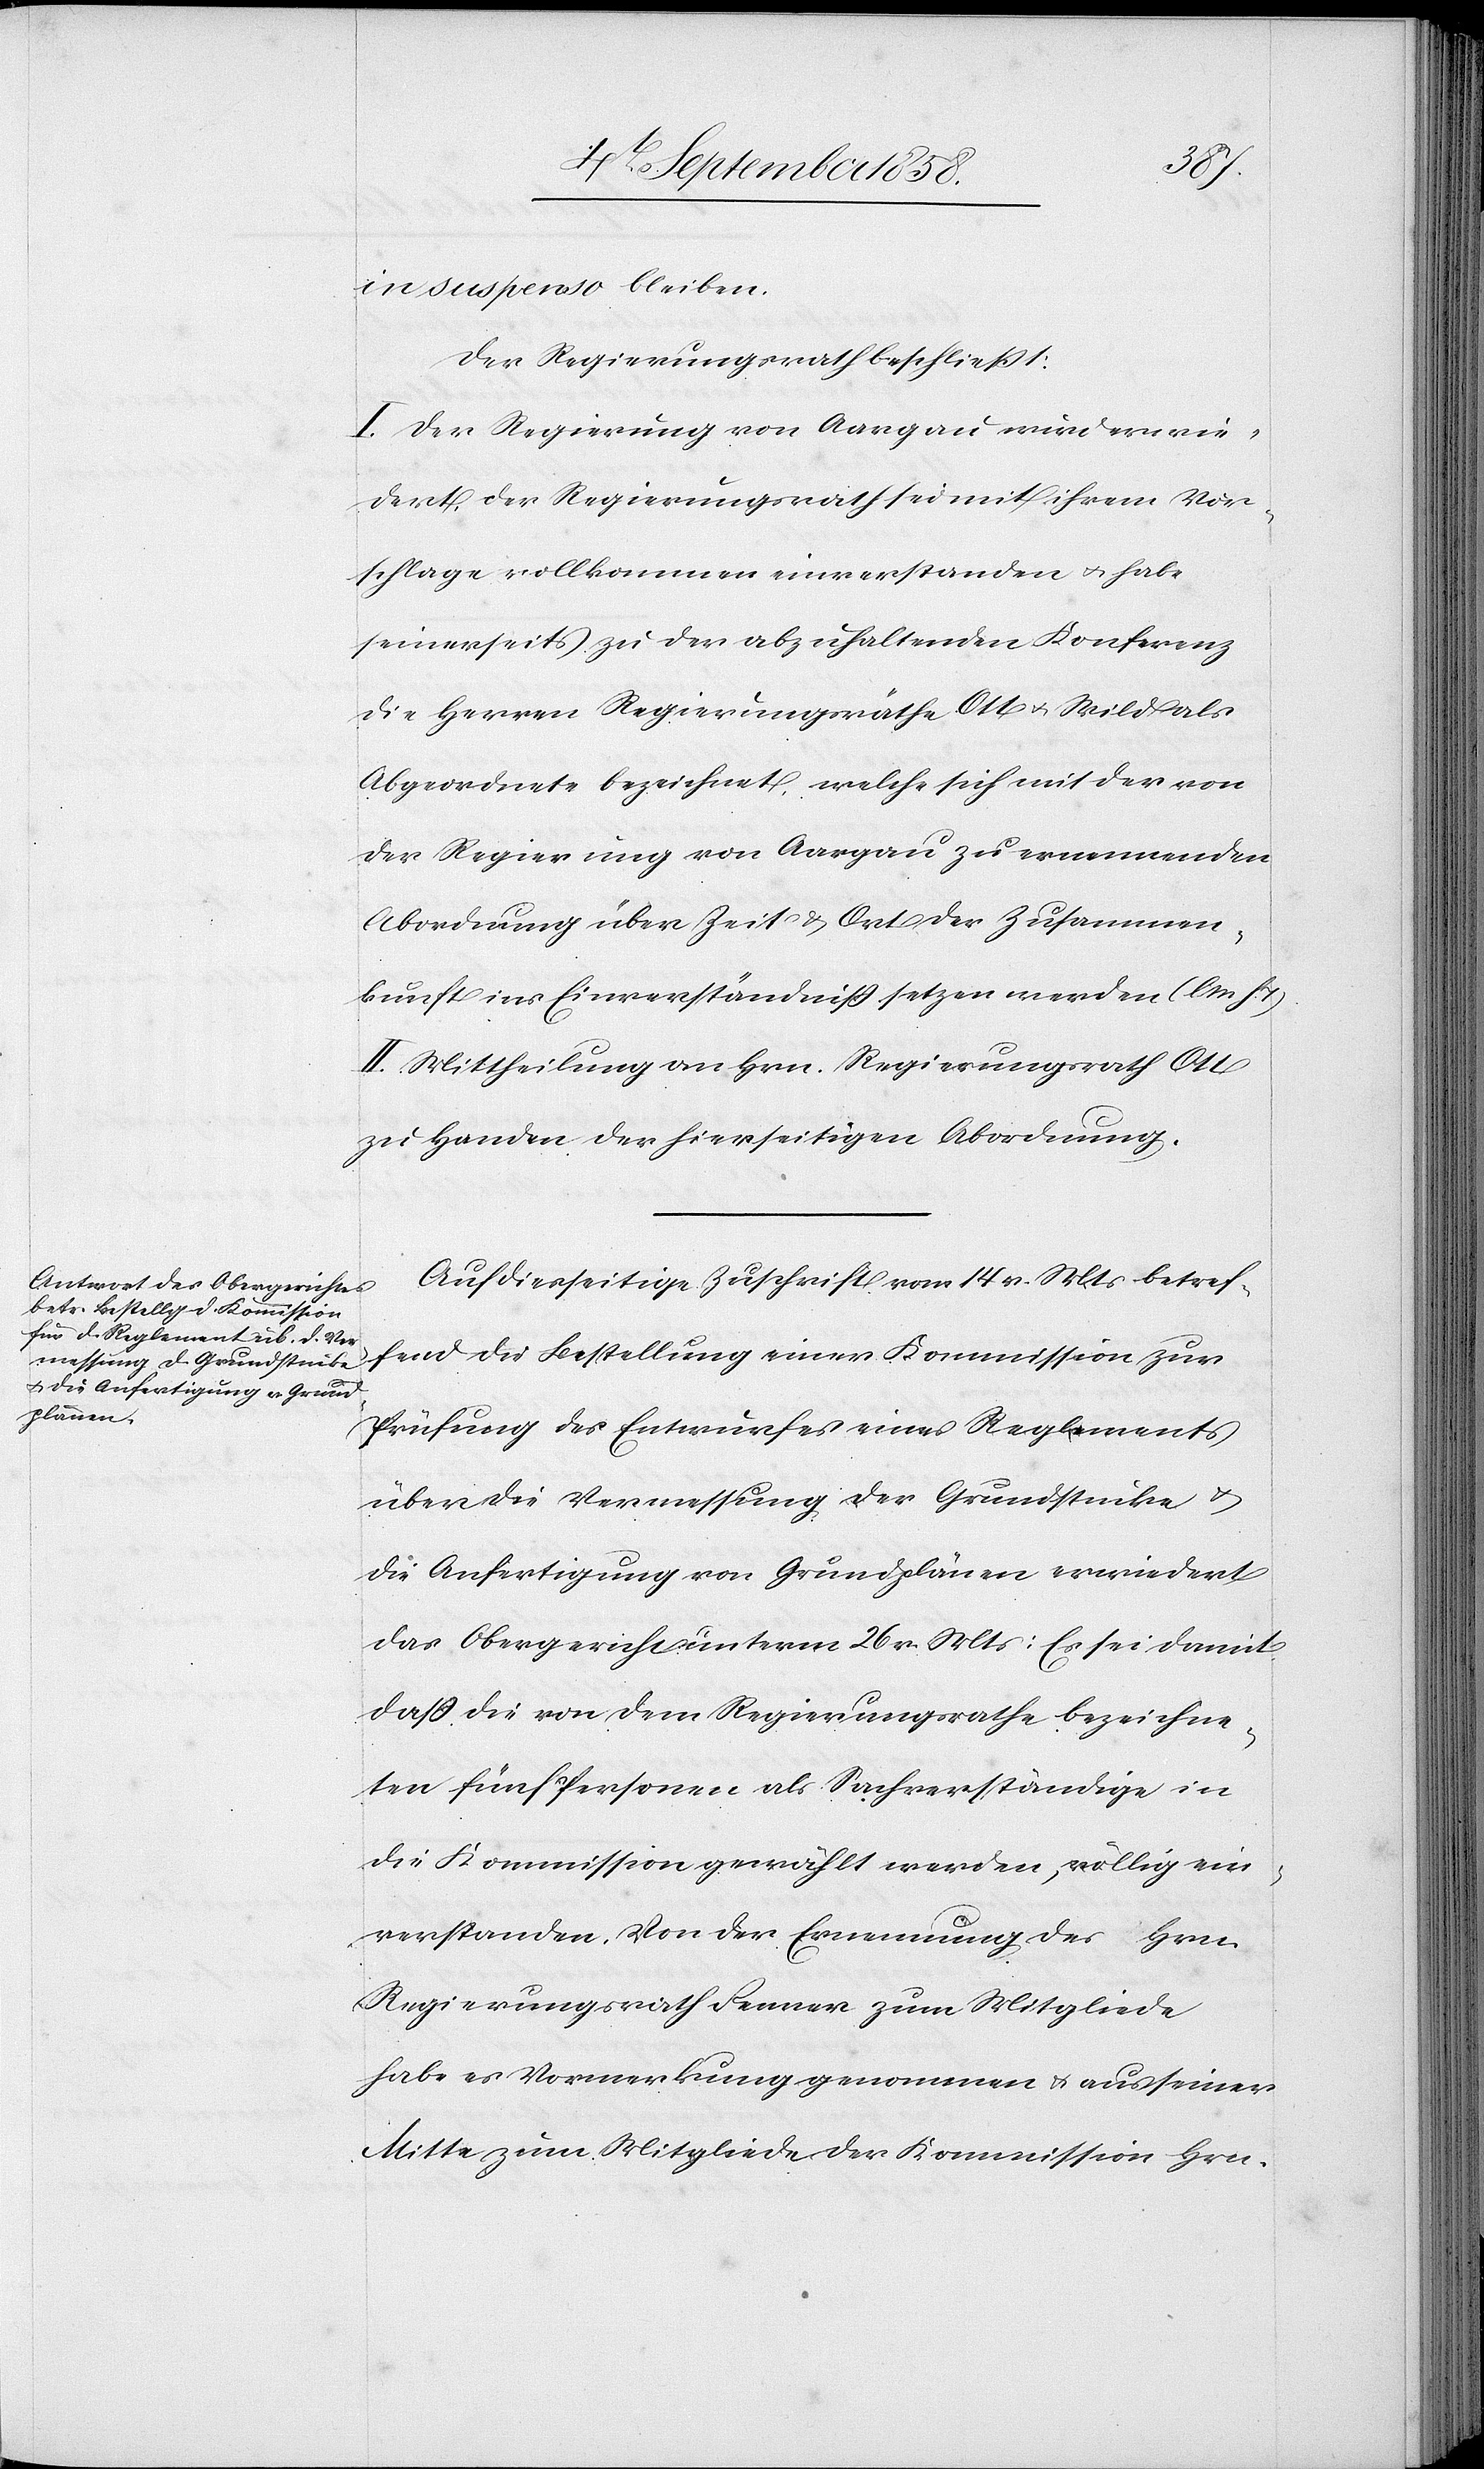
in suspenso bleiben.
Der Regierungsrath beschließt:
I. Der Regierung von Aargau wird erwie¬
dert, der Regierungsrath sei mit ihrem Vor¬
schlage vollkommen einverstanden & habe
seinerseits zu der abzuhaltenden Konferenz
die Herren Regierungsräthe Ott & Wild als
Abgeordnete bezeichnet, welche sich mit der von
der Regierung von Aargau zu ernennenden
Abordnung über Zeit & Ort der Zusammen¬
kunft ins Einverständniss setzen werden (l. M. h. T.)
II. Mittheilung an Hrn. Regierungsrath Ott
zu Handen der hierseitigen Abordnung.
Auf diesseitige Zuschrift vom 14 v. Mts betref¬
fend die Bestellung einer Kommission zur
Prüfung des Entwurfes eines Reglements
über die Vermessung der Grundstücke &
die Anfertigung von Grundplänen erwiedert
das Obergericht unterm 26 v. Mts: Es sei damit
dass die von dem Regierungsrathe bezeichne¬
ten fünf Personen als Sachverständige in
die Kommission gewählt werden, völlig ein¬
verstanden. Von der Ernennung des Hrn.
Regierungsrath Fenner zum Mitgliede
habe es Vormerkung genommen & aus seiner
Mitte zum Mitgliede der Kommission Hrn.